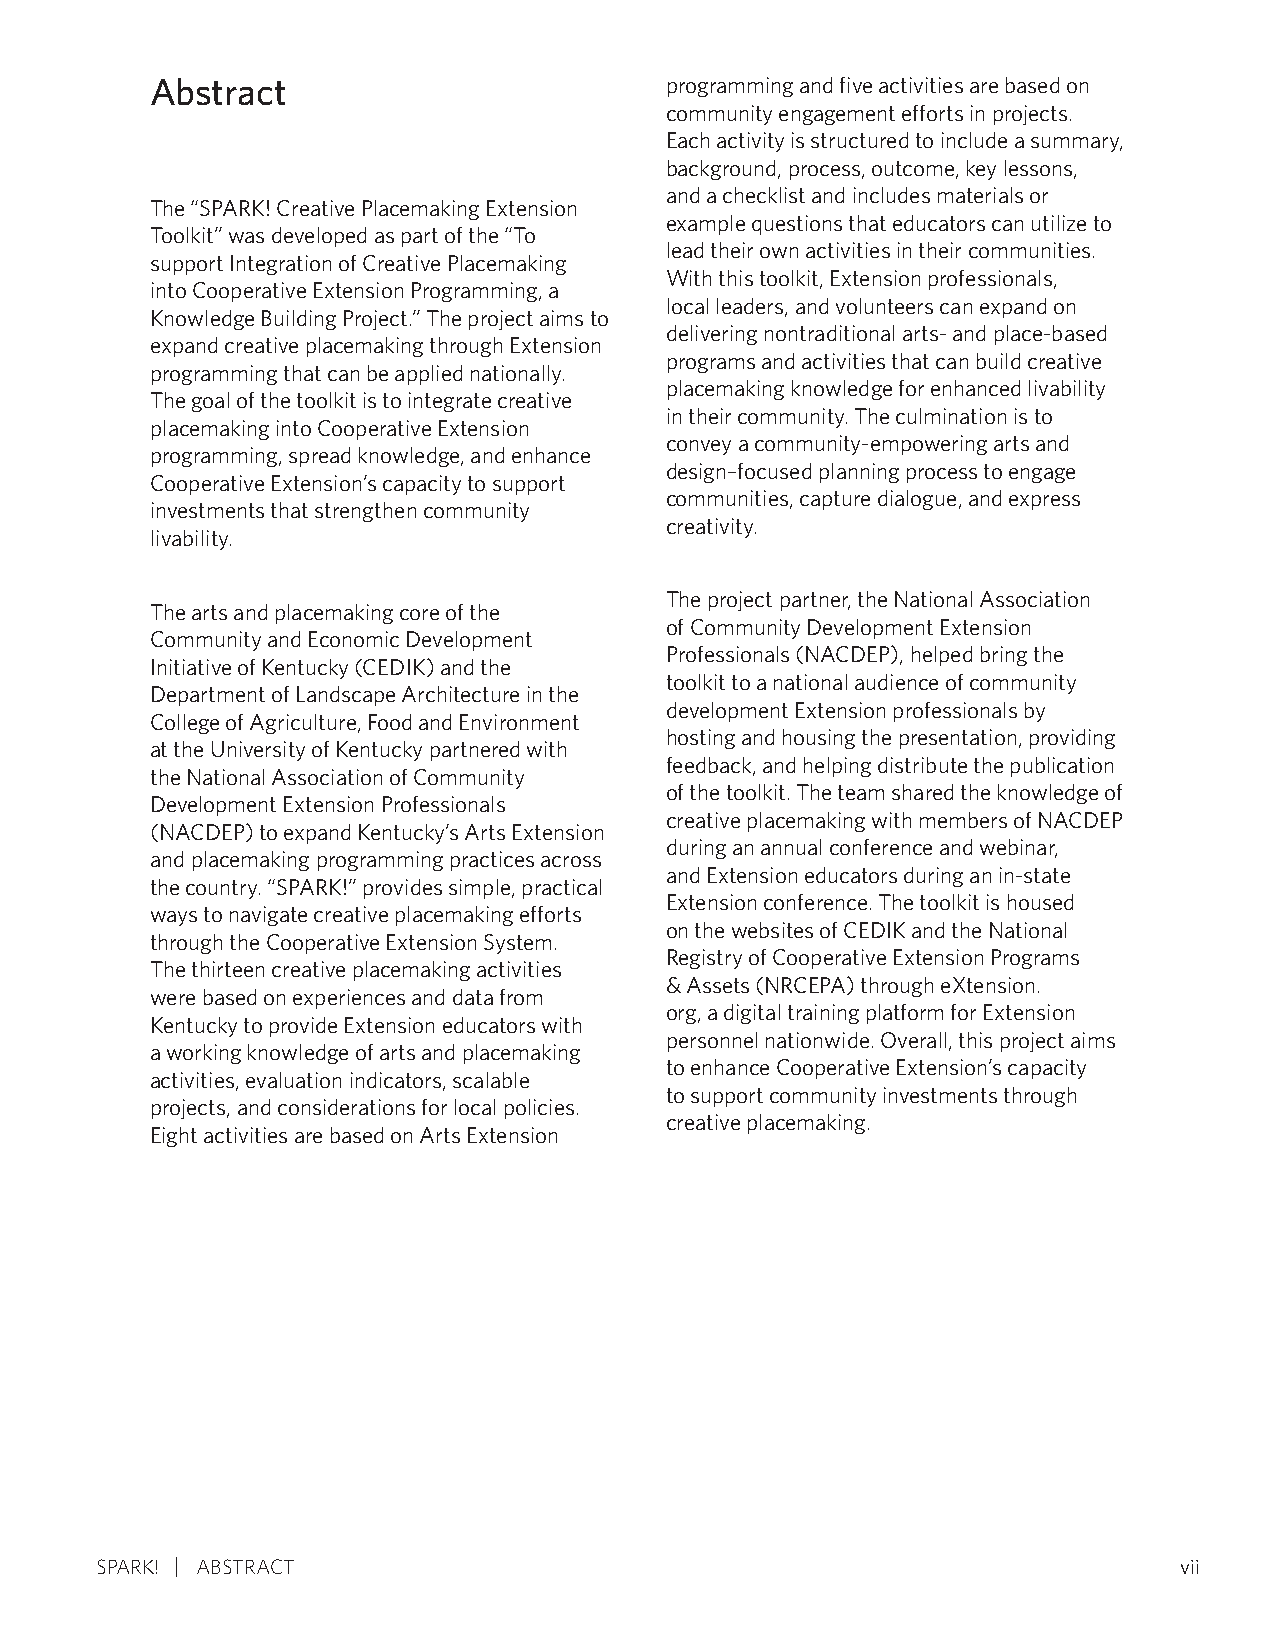
Abstract                          programming and five activities are based on
 community engagement efforts in projects.
 Each activity is structured to include a summary,
 background, process, outcome, key lessons,
 and a checklist and includes materials or
 The “SPARK! Creative Placemaking Extension
 example questions that educators can utilize to
 Toolkit” was developed as part of the “To
 lead their own activities in their communities.
 support Integration of Creative Placemaking
 With this toolkit, Extension professionals,
 into Cooperative Extension Programming, a
 local leaders, and volunteers can expand on
 Knowledge Building Project.” The project aims to
 delivering nontraditional arts- and place-based
 expand creative placemaking through Extension
 programs and activities that can build creative
 programming that can be applied nationally.
 placemaking knowledge for enhanced livability
 The goal of the toolkit is to integrate creative
 in their community. The culmination is to
 placemaking into Cooperative Extension
 convey a community-empowering arts and
 programming, spread knowledge, and enhance
 design–focused planning process to engage
 Cooperative Extension’s capacity to support
 communities, capture dialogue, and express
 investments that strengthen community
 creativity.
 livability.
 The project partner, the National Association
 The arts and placemaking core of the
 of Community Development Extension
 Community and Economic Development
 Professionals (NACDEP), helped bring the
 Initiative of Kentucky (CEDIK) and the
 toolkit to a national audience of community
 Department of Landscape Architecture in the
 development Extension professionals by
 College of Agriculture, Food and Environment
 hosting and housing the presentation, providing
 at the University of Kentucky partnered with
 feedback, and helping distribute the publication
 the National Association of Community
 of the toolkit. The team shared the knowledge of
 Development Extension Professionals
 creative placemaking with members of NACDEP
 (NACDEP) to expand Kentucky’s Arts Extension
 during an annual conference and webinar,
 and placemaking programming practices across
 and Extension educators during an in-state
 the country. “SPARK!” provides simple, practical
 Extension conference. The toolkit is housed
 ways to navigate creative placemaking efforts
 on the websites of CEDIK and the National
 through the Cooperative Extension System.
 Registry of Cooperative Extension Programs
 The thirteen creative placemaking activities
 & Assets (NRCEPA) through eXtension.
 were based on experiences and data from
 org, a digital training platform for Extension
 Kentucky to provide Extension educators with
 personnel nationwide. Overall, this project aims
 a working knowledge of arts and placemaking
 to enhance Cooperative Extension’s capacity
 activities, evaluation indicators, scalable
 to support community investments through
 projects, and considerations for local policies.
 creative placemaking.
 Eight activities are based on Arts Extension
 SPARK! ABSTRACT                                                         vii